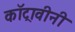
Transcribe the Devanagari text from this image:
कॉट्रावीनी